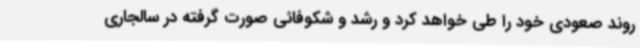
روند صعودی خود را طی خواهد کرد و رشد و شکوفائی صورت گرفته در سالجاری